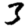
Digit: 3